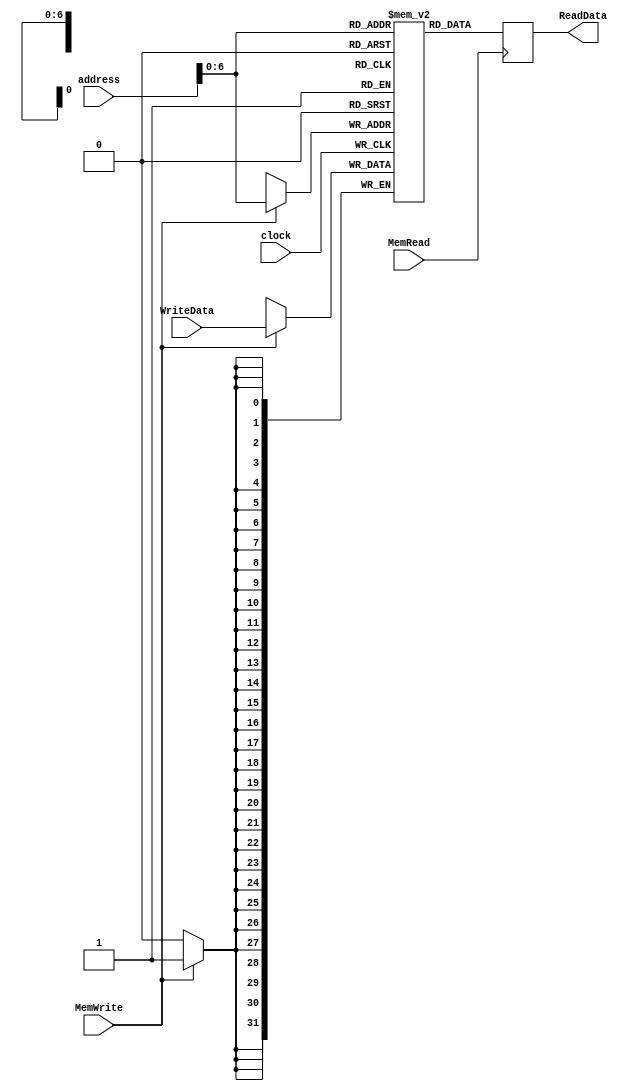
module datamemory(address,WriteData,MemRead,MemWrite,ReadData,clock);
	input [31:0] address,WriteData;
	input MemRead,MemWrite;
	output reg[31:0] ReadData;
	input clock;
	
	integer i;
	reg [31:0] dm[127:0];
	initial
	begin
		for(i = 0; i < 128; i= i+1)
		dm[i] <= 32'd0;
	end
	
	always @ (posedge clock)
			if (MemWrite == 1)
				dm[address] = WriteData;
	always @ (posedge MemRead)
		ReadData = dm[address];
		
endmodule

/*
module tb_datamem;

	reg [31:0] address,WriteData;
	reg MemRead,MemWrite;
	wire [31:0] ReadData;
	reg clock;
	datamemory dm(address,WriteData,MemRead,MemWrite,ReadData,clock);
	initial
	clock = 1'b0;
	
	always
	#2 clock = ~clock;
	
	initial
	begin
	MemRead = 1'b0;
	MemWrite = 1'b0;
	
	#1 $display("Reading a register");
	#1 address = 32'd7; MemRead = 1'b1;
	#4 $display("%b %b", ReadData, MemRead);
	#1 MemRead = 1'b0;
	
	#1 $display("Writing a register");
	#1 MemWrite = 1'b1; WriteData = 32'd5;
	#4 MemWrite = 1'b0;
	
	#2 MemRead = 1'b1;
	#4 $display("%b %b", ReadData, MemRead);
	#4 $finish;
	end
	
endmodule
*/